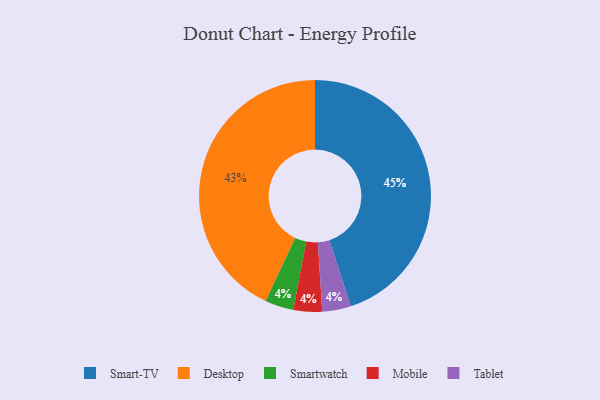
{"axis": {"x": "Category", "y": "Percentage"}, "legend": ["Desktop", "Mobile", "Smart-TV", "Smartwatch", "Tablet"], "data": [{"x": "Desktop", "y": 43, "type": "Desktop"}, {"x": "Smartwatch", "y": 4, "type": "Smartwatch"}, {"x": "Mobile", "y": 4, "type": "Mobile"}, {"x": "Tablet", "y": 4, "type": "Tablet"}, {"x": "Smart-TV", "y": 45, "type": "Smart-TV"}]}